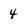
Character: 4